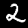
Digit: 2